Calcutta medical institutions reports 1879-81 [i.e.91]
Year: 1879
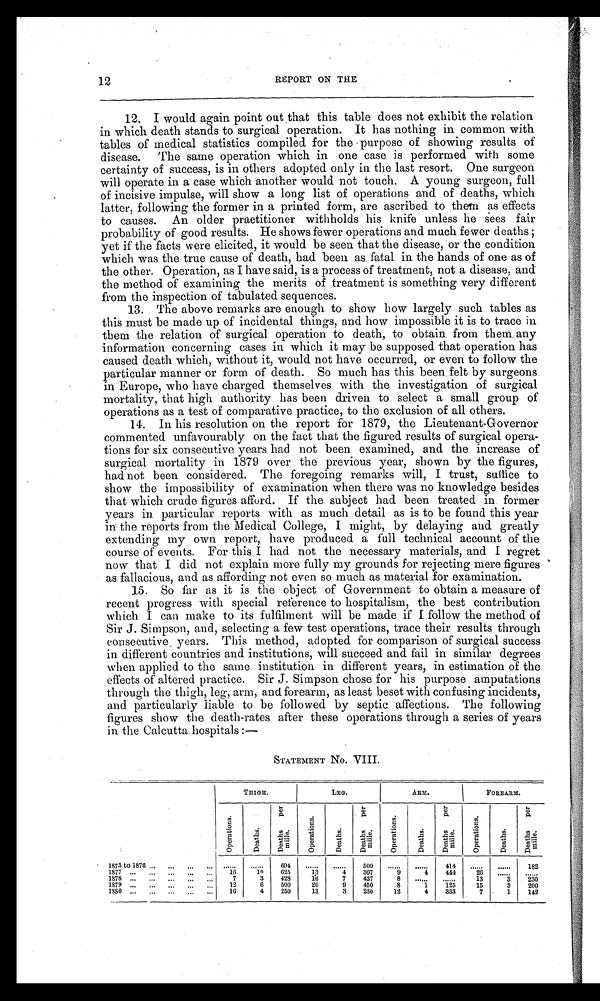
12
REPORT ON THE
12. I would again point out that this table does not exhibit the relation
in which death stands to surgical operation. It has nothing in common with
tables of medical statistics compiled for the purpose of showing results of
disease. The same operation which in one case is performed with some
certainty of success, is in others adopted only in the last resort. One surgeon
will operate in a case which another would not touch. A young surgeon, full
of incisive impulse, will show a long list of operations and of deaths, which.
latter, following the former in a printed form, are ascribed to them as effects
to causes. An older practitioner withholds his knife unless he sees fair
probability of good results. He shows fewer operations and much fewer deaths ;
yet if the facts were elicited, it would be seen that the disease, or the condition
which was the true cause of death, had been as fatal: in. the hands of one as of
the other. Operation, as I have said, is a process of treatment, not a disease, and
the method of examining the merits of treatment is something very different
from the inspection of tabulated sequences.
13. The above remarks are enough. to show how largely such. tables as
this must be made up of incidental things, and how impossible it is to trace in
them the relation of surgical operation to. death, to obtain. from them. any
information concerning cases in which it may be supposed that operation has
caused death which, without it, would not have occurred, or even to follow the
particular manner or form of death. So much has this been. felt by surgeons
in Europe, who have charged themselves with the investigation of surgical
mortality, that high authority has been driven to select a small group of
operations as a test of comparative practice, to the exclusion of all others.
14. In his resolution on the report for 1879, the Lieutenant-Governor
commented unfavourably on the fact that the figured results of surgical opera
tions for six consecutive years had not been examined, and the increase of
surgical mortality in 1879 over the previous year, shown by the figures,
had not been considered. The foregoing remarks will, I trust, suffice to
show the impossibility of examination when there was no knowledge. besides
that which crude figures afford. If the subject bad been treated in former
years in particular reports with as much detail as is to be found this year
in the reports from the Medical College, I might, by delaying and. greatly
extending my own report, have produced a full technical account of the
course of events. For this I had not the necessary materials, and I regret
now that I did not explain more fully my grounds for rejecting mere figures
as fallacious, and as affording not even so much as material for examination.
15.
So far as it is the object of Government to obtain a measure of
recent progress with special reference to hospitalism, the best contribution
which I can make to its fulfilment will be made if I follow the method of
Sir J . Simpson, and, selecting a few test operations, trace their results through
consecutive. years. This method, adopted for comparison of surgical success
in different countries and institutions, will succeed and fail in similar degrees
when applied to the same institution in different years, in estimation of the
effects of altered practice. Sir J . Simpson chose for his purpose amputations
through the thigh, leg, arm, and forearm, as least beset with confusing incidents,
and particularly liable to be followed by septic affections. The following
figures show the death-rates after these operations through a series of years
in the Calcutta hospitals :—
STATEMENT No. VIII.
THIGH.
LEG.
ARM.
FOREARM.
O p e r a t i o n s
Deat hs
D e a t h s p e r m i l l e .
O P e r a t i o n s .
De a t h s .
D e a t h s p e r m i l l e .
O p e r a t i o n s .
Deat hs .
D e a t h s p e r m i l l e .
O p e r a t i o n s .
Deat hs.
D e a t h s p e r m i l l e .
1873 to 1876
. . . . . .
. . . . . . 694
. . . . . .
. . . . . . 500
. . . . . .
. . . . . . 414
. . . . . .
. . . . . .
182
1877
16
10
625
13
4
307
9
4
444
26
. . . . . .
. . . . . .
1878
7
3
428
1 6
7
437
8 ......
. . . . . . 13
3
230
1879
12
6
500
20
9
450
8
1
125
15
3
200
1880
16
4
250
13
3
230
12
4
333
7
1
142